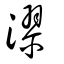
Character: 漻